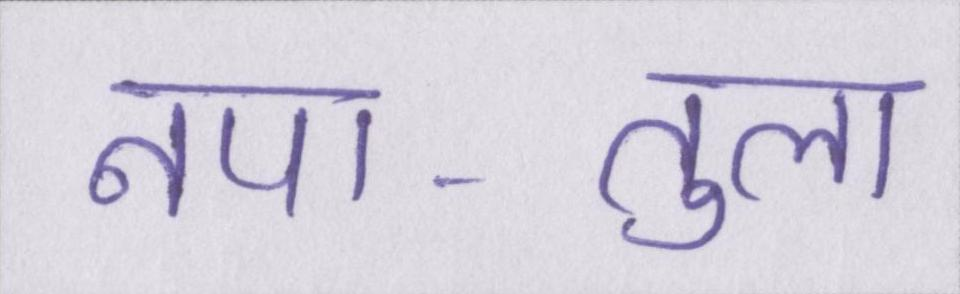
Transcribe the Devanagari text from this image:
नपा-तुला